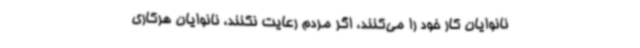
نانوایان کار خود را می‌کنند، اگر مردم رعایت نکنند، نانوایان هرکاری